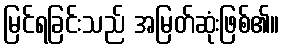
မြင်ရခြင်းသည် အမြတ်ဆုံးဖြစ်၏။